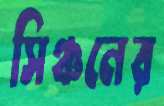
সিঞ্চনের